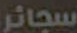
سجائر